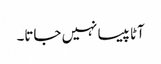
آٹا پیسا نہیں جاتا۔